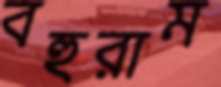
বহুরাম